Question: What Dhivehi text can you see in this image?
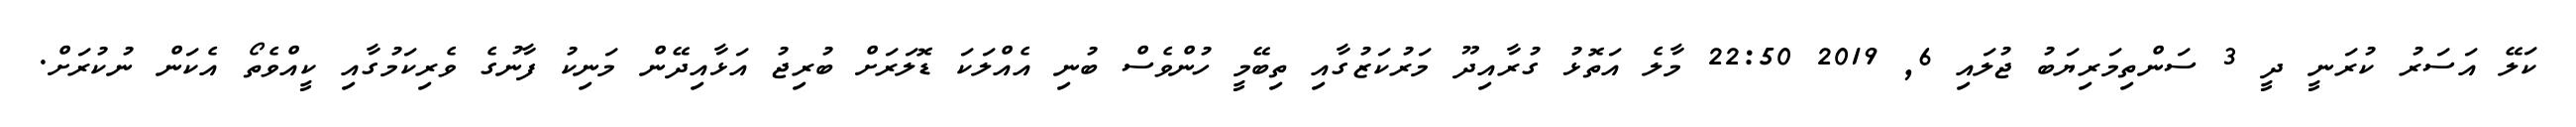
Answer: ކަލޭ އަސަރު ކުރަނީ ދީ 3 ސަންތިމަރިޔަބު ޖުލައި 6, 2019 22:50 މާލެ އަތޮޅު ގުރާއިދޫ މަރުކަޒުގާއި ތިބޭމީ ހުންވެސް ބުނި އެއްލަކަ ޑޮލަރަށް ބުރިޖު އަޅާއިދޭން މަނިކު ފާނުގެ ވެރިކަމުގާއި ކީއްވެތޯ އެކަން ނުކުރަށް.